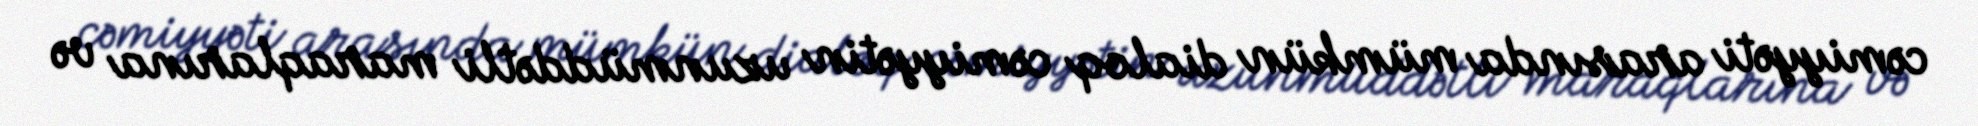
cəmiyyəti arasında mümkün dialoq cəmiyyətin uzunmüddətli maraqlarına və